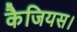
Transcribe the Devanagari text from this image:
कैजियस।